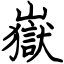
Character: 嶽